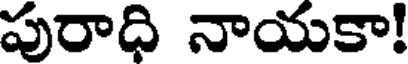
పురాధి నాయకా!